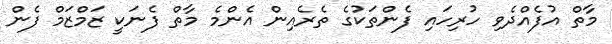
މާތް އުފެއްދެވި ހުރިހައި ފެންތަކުގެ ތެރެއިން އެންމެ މާތް ފެނަކީ ޒަމްޒަމް ފެން